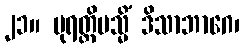
၂၁။ ပုရတ္ထိမသ္မိံ ဒိသာဘာဂေ၊